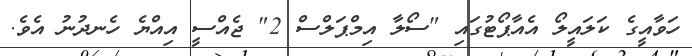
ހަވާއީގެ ކަލައީލޯ އެއާޕޯޓުގައި "ސޯލާ އިމްޕަލްސް 2" ޖެއްސީ އިއްޔެ ހެނދުނު އެވެ.